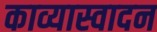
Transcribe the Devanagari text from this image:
काव्यास्वादन